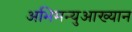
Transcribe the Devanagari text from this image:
अभिमन्युआख्यान